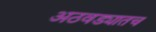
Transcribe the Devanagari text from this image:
अठवड्यातच